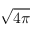
\sqrt { 4 \pi }